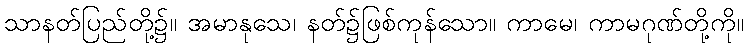
သာနတ်ပြည်တို့၌။ အမာနုသေ၊ နတ်၌ဖြစ်ကုန်သော။ ကာမေ၊ ကာမဂုဏ်တို့ကို။